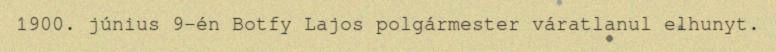
1900. június 9-én Botfy Lajos polgármester váratlanul elhunyt.